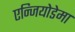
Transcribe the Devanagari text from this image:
एन्जियोडेमा